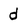
Character: d